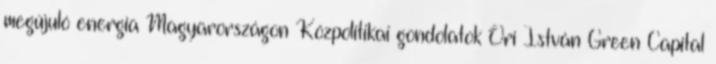
megújuló energia Magyarországon Közpolitikai gondolatok Őri István Green Capital